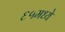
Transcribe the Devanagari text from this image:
६५मध्ये